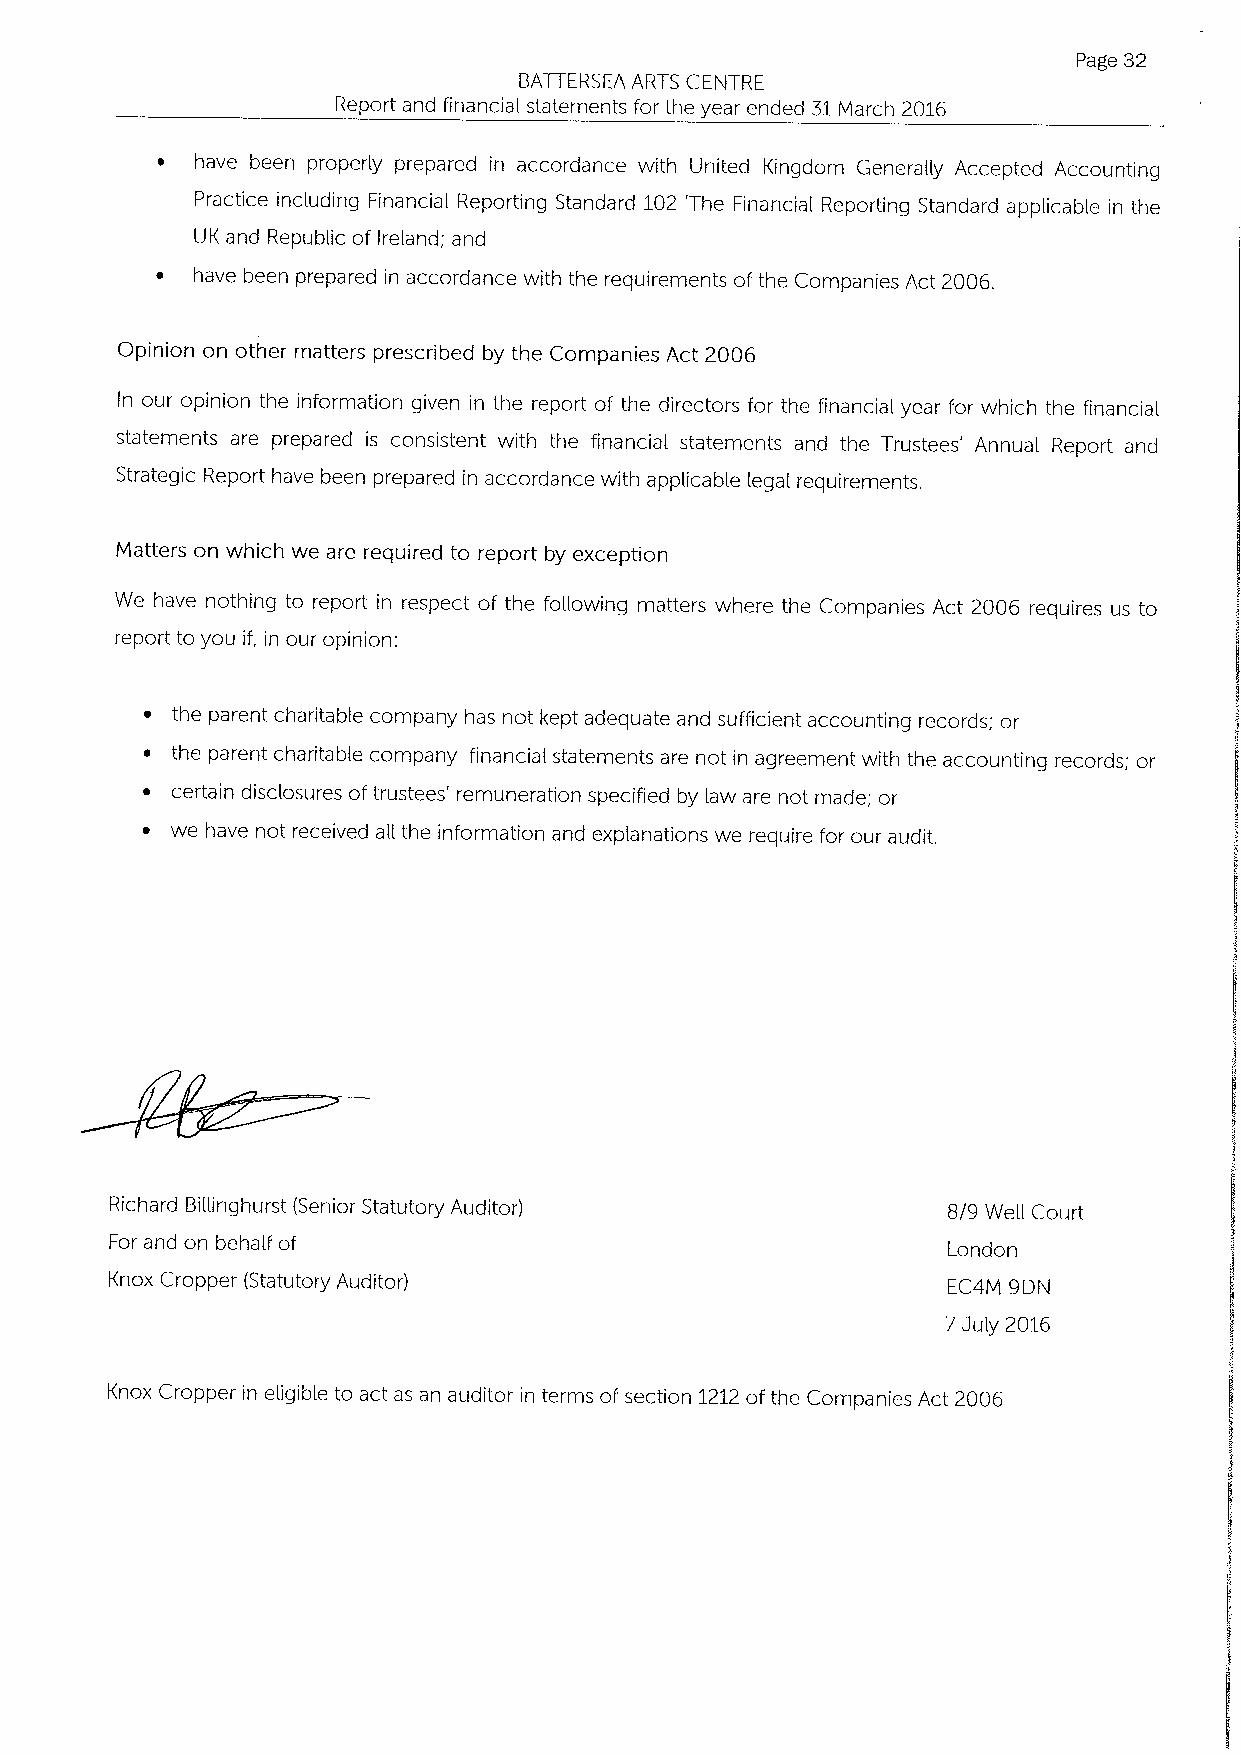
Page 32
 BATTERSEA ARTS CENTRE
 Report and financial statements for the year ended 31March 2016
 ~  have been properly prepared in accordance with United Kingdom Generally Accepted Accounting
 Practice including Financial Reporting Standard 102 'The Financial Reporting Standard applicable in the
 UK and Republic of Ireland; and
 ~  have been prepared in accordance with the requirements of the Companies Act 2006.
 Opinion on other matters prescribed by the Companies Act 2006
 In our opinion the information given in the report of the directors for the financial year for which the financial
 statements are preparecf is consistent with the financial statements and the Trustees' Annual Report and
 Strategic Report have been prepared in accordance with applicable legal requirements.
 Matters on which we are required to report by exception
 We have nothing to report in respect of the foHowing matters where the Companies Act 2006 requires us to
 report to you if, in our opinion:
 ~ the parent charitable company has not kept adequate and sufficient accounting records; or
 ~ the parent charitable company financial statements are not in agreement with the accounting records; or
 ~ certain disclosures oftrustees' remuneration specified by law are not made; or
 ~ we have not received aH the information and explanations we require for our audit.
 Richard BiHinghurst (Senior Statutory Auditor)          8/9 Well Court
 For and on behalf of
 London
 Knox Cropper (Statutory Auditor)                        EC4M 9DN
 7July 2016
 Knox Cropper in eligible to act as an auditor in terms ofsection 1212ofthe Companies Act 2006